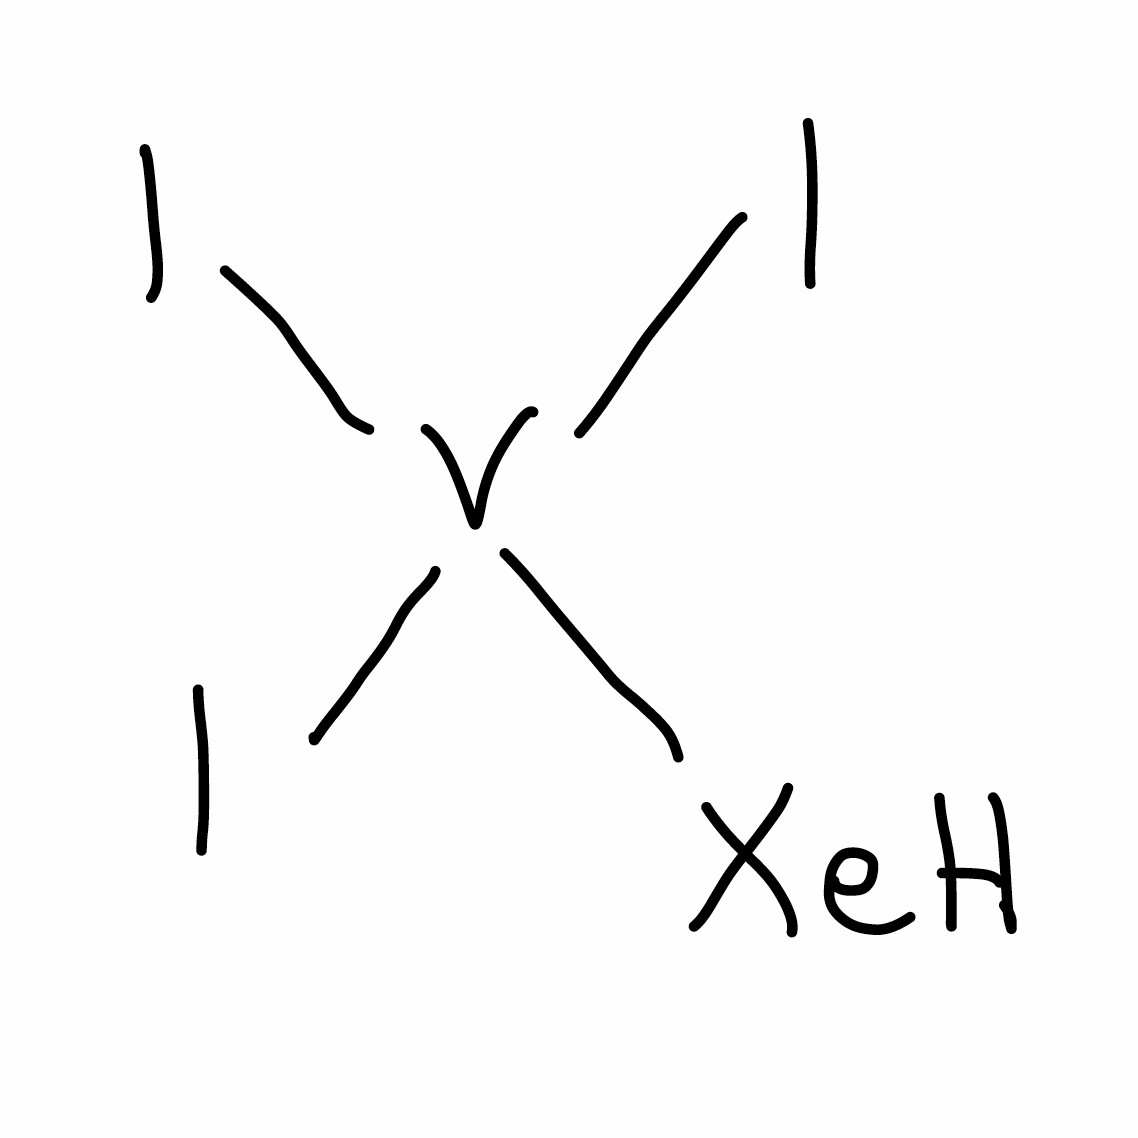
Simplified molecular-input line-entry system (SMILES) notation of the given molecule:
[V](I)(I)(I)[XeH]